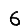
Digit: 6